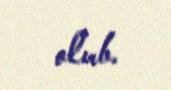
olub.